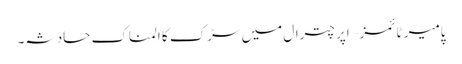
پامیر ٹائمز – اپر چترال میں سڑک کا المناک حادثہ۔